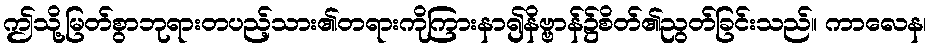
ဤသို့မြတ်စွာဘုရားတပည့်သား၏တရားကိုကြားနာ၍နိဗ္ဗာန်၌စိတ်၏ညွတ်ခြင်းသည်။ ကာလေန၊